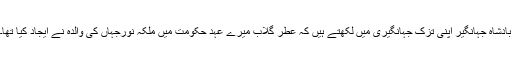
بادشاہ جہانگیر اپنی تزک جہانگیری میں لکھتے ہیں کہ عطر گلاب میرے عہد حکومت میں ملکہ نورجہاں کی والدہ نے ایجاد کیا تھا۔